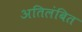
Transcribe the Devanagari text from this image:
अतिलंबित